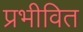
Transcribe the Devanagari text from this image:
प्रभीवित